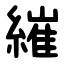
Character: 繀